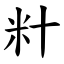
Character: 籵